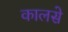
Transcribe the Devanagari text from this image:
कालसे